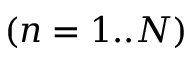
( n = 1 . . N )